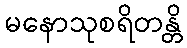
မနောသုစရိတန္တိ